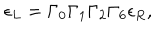
\epsilon _ { L } = \Gamma _ { 0 } \Gamma _ { 1 } \Gamma _ { 2 } \Gamma _ { 6 } \epsilon _ { R } ,